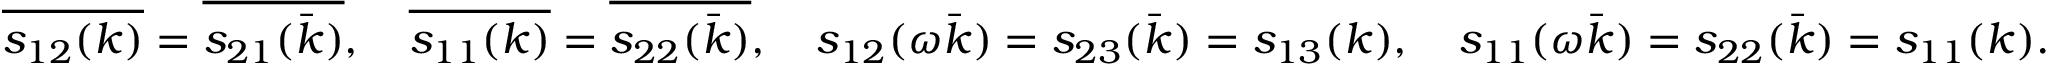
\begin{array} { r l } & { \overline { { s _ { 1 2 } ( k ) } } = \overline { { s _ { 2 1 } ( \bar { k } ) } } , \quad \overline { { s _ { 1 1 } ( k ) } } = \overline { { s _ { 2 2 } ( \bar { k } ) } } , \quad s _ { 1 2 } ( \omega \bar { k } ) = s _ { 2 3 } ( \bar { k } ) = s _ { 1 3 } ( k ) , \quad s _ { 1 1 } ( \omega \bar { k } ) = s _ { 2 2 } ( \bar { k } ) = s _ { 1 1 } ( k ) . } \end{array}